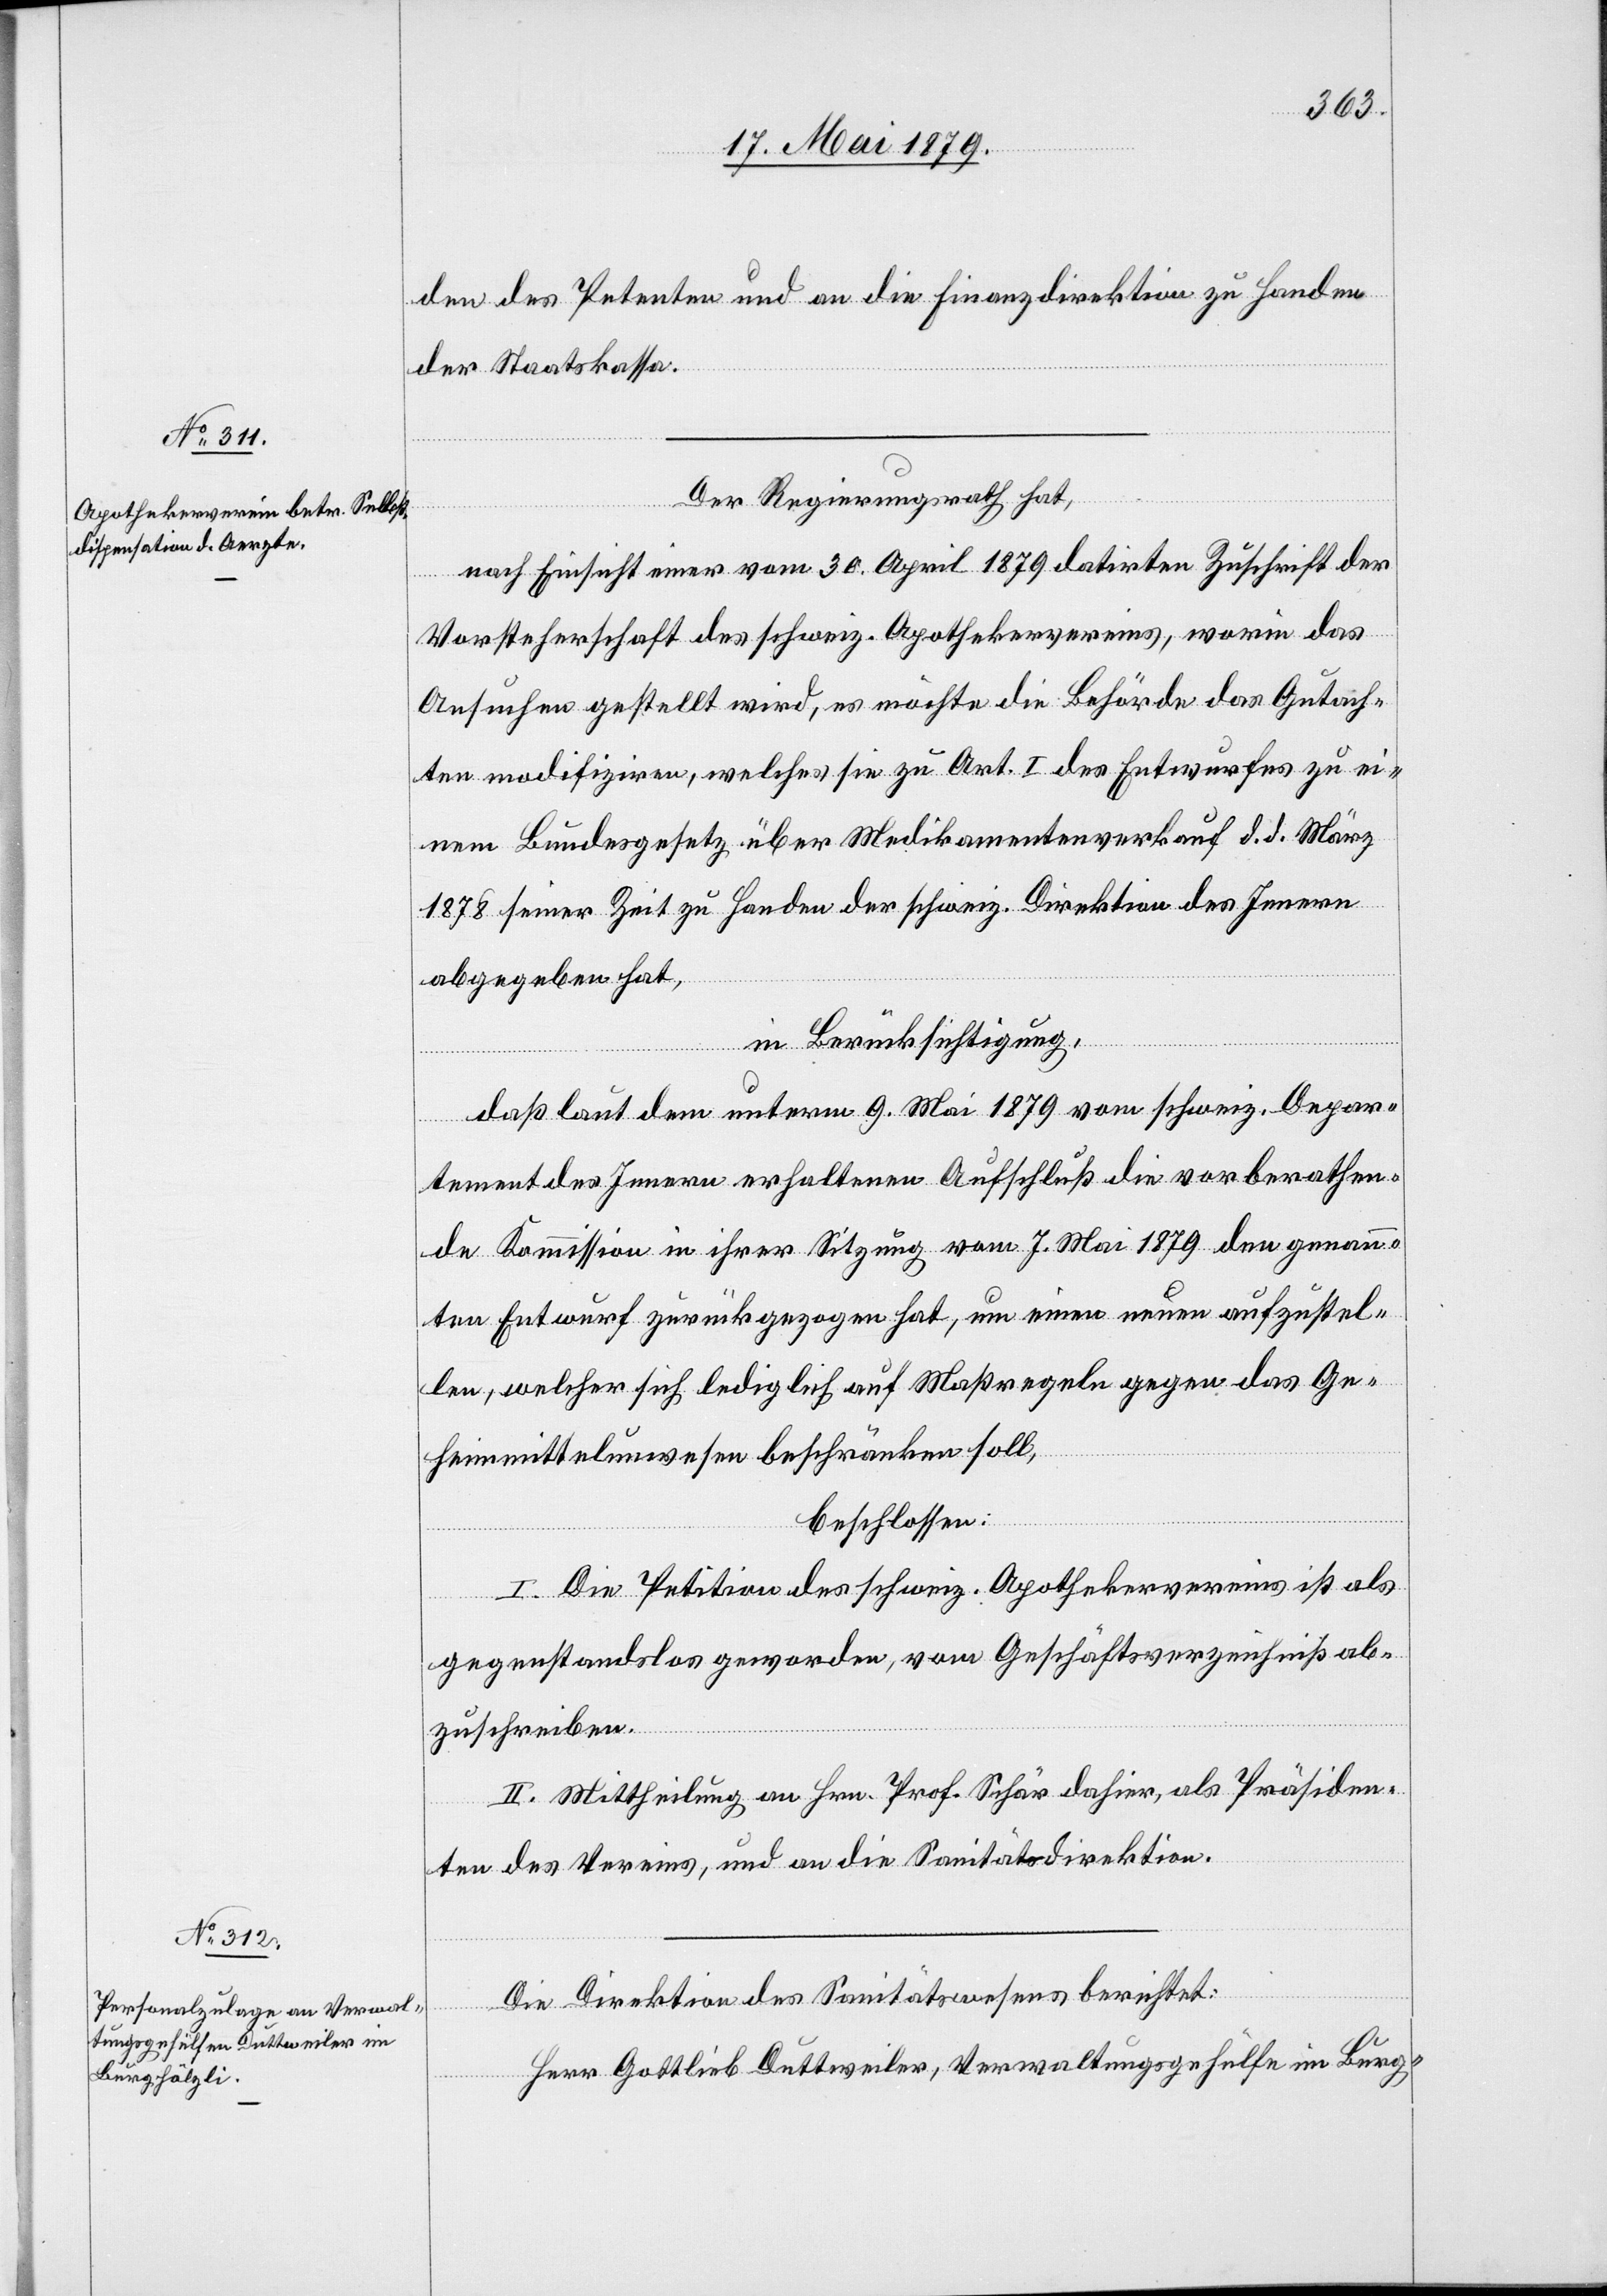
den des Petenten und an die Finanzdirektion zu Handen
der Staatskassa.
Der Regierungsrath hat,
nach Einsicht einer vom 30. April 1879 datirten Zuschrift der
Vorsteherschaft des schweiz. Apothekervereins, worin das
Ansuchen gestellt wird, es möchte die Behörde das Gutach¬
ten modifiziren, welches sie zu Art. I des Entwurfes zu ei¬
nem Bundesgesetz über Medikamentenverkauf d. d. März
1878 seiner Zeit zu Handen der schweiz. Direktion des Innern
abgegeben hat,
in Berücksichtigung,
daß laut dem unterm 9. Mai 1879 vom schweiz. Depar¬
tement des Innern erhaltenen Aufschluß die vorberathen¬
de Kommission in ihrer Sitzung vom 7. Mai 1879 den genann¬
ten Entwurf zurückgezogen hat, um einen neuen aufzustel¬
len, welcher sich lediglich auf Maßregeln gegen das Ge¬
heimmittelunwesen beschränken soll,
beschlossen:
I. Die Petition des schweiz. Apothekervereins ist als
gegenstandslos geworden, vom Geschäftsverzeichniß ab¬
zuschreiben.
II. Mittheilung an Hrn. Prof. Schär dahier, als Präsiden¬
ten des Vereins, und an die Sanitätsdirektion.
Die Direktion des Sanitätswesens berichtet:
Herr Gottlieb Duttweiler, Verwaltungsgehülfe im Burg-